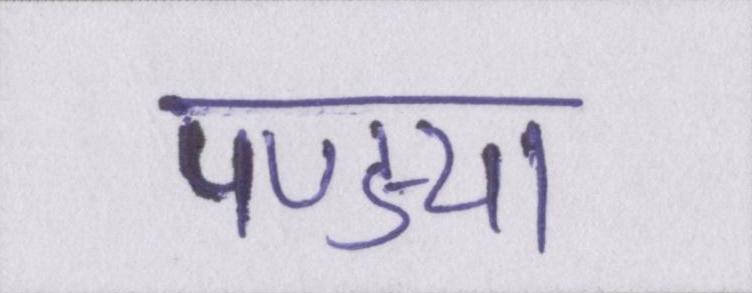
पण्ड्या